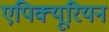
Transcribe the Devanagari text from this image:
एपिक्यूरियन